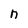
Character: n